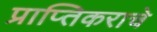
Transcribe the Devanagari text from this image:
प्राप्‍तिकराचे